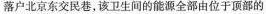
落户北京东交民巷，该卫生间的能源全部由位于顶部的